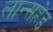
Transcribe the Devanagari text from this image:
लान्सहेड